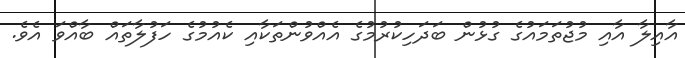
އާއިލާ އާއި މުޖުތަމައުގެ ގުޅުން ބަދަހިކުރުމުގެ އެއްވުންތަކާއި ކެއުމުގެ ހަފުލާތައް ބާއްވަ އެވެ.